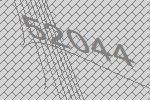
52044